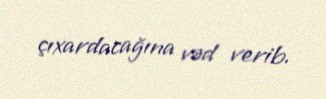
çıxardacağına vəd verib.